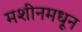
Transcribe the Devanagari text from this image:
मशीनमधून